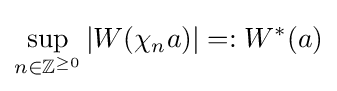
\sup _{n\in \mathbb {Z} ^{\geq 0}}|W(\chi _{n}a)|=:W^{*}(a)